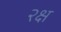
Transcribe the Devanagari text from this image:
२क्ष